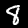
Label: 8